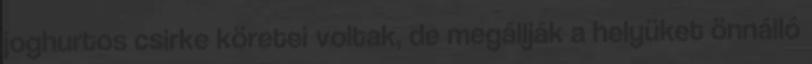
joghurtos csirke köretei voltak, de megállják a helyüket önnálló